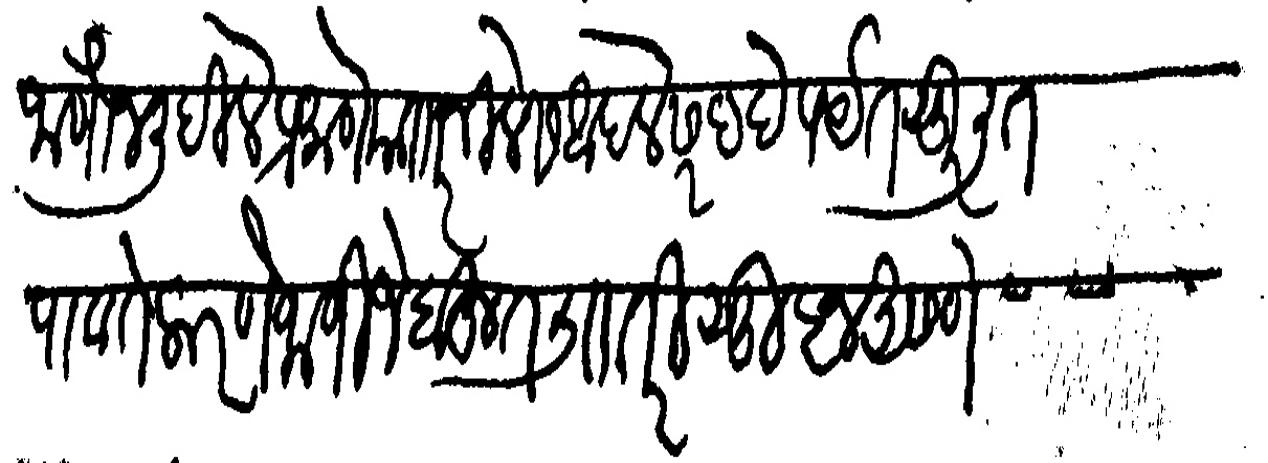
Transliteration (Devanagari): जाणोन लिहीले प्रमाणे मशारनीलेस आपले सरहद पर्यत सुरळीत पावते करणे जाणीजे बहुत ली तरी सुज्ञ असणे